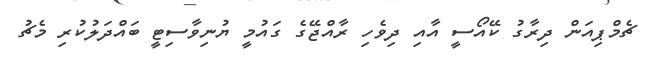
ޗެމްޕިއަން ދިރާގު ކޭއޯސީ އާއި ދިވެހި ރާއްޖޭގެ ގައުމީ ޔުނިވާސިޓީ ބައްދަލުކުރި މެޗު